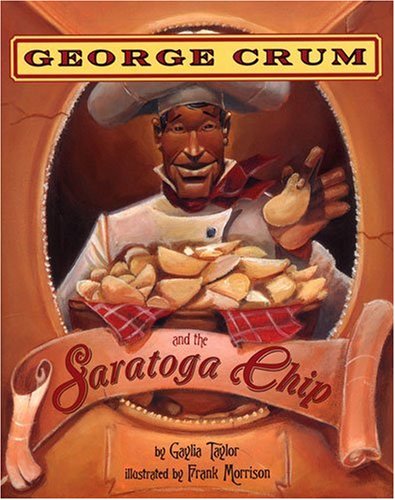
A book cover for George Crum and the Saratoga Chip; Frank Morrison (Illustrator) Gaylia Taylor (Author); Cookbooks, Food & Wine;